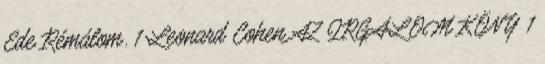
Ede Rémálom. 1 Leonard Cohen AZ IRGALOM KÖNY 1